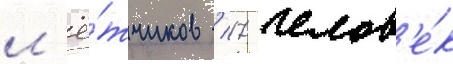
л'ё́тчиков / 17 челов'е́к